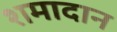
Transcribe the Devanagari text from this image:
शमादान